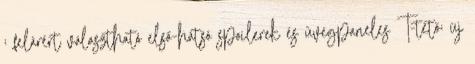
; felárért választható első-hátsó spoilerek és üvegpaneles T-tető; új